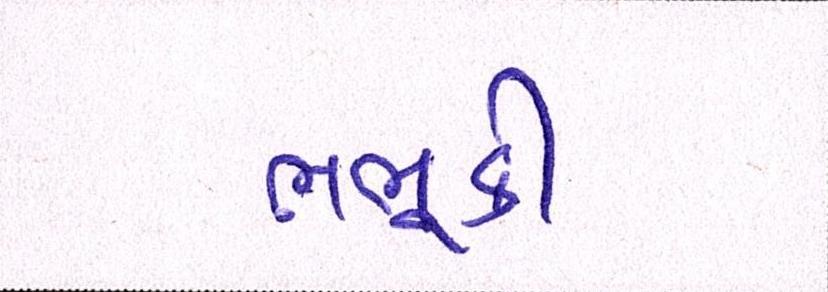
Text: ભભૂકી